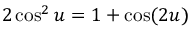
2 \cos ^ { 2 } u = 1 + \cos ( 2 u )